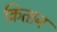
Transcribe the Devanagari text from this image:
कितान